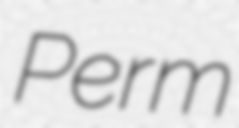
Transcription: Perm